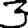
Digit: 3